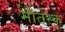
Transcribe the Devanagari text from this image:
मोतेस्कू